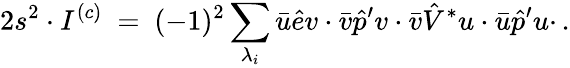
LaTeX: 2s^{2}\cdot I^{(c)}\ =\ (-1)^{2}\sum_{\lambda_{i}}\bar{u}\hat{e}v\cdot\bar{v}\hat{p}^{\prime}v\cdot\bar{v}\hat{V}^{*}u\cdot\bar{u}\hat{p}^{\prime}u\cdot\, .